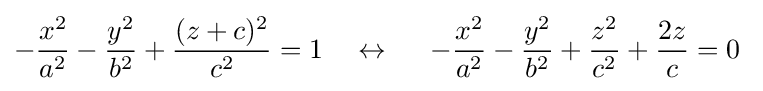
-{\frac {x^{2}}{a^{2}}}-{\frac {y^{2}}{b^{2}}}+{\frac {(z+c)^{2}}{c^{2}}}=1\quad \leftrightarrow \quad \ -{\frac {x^{2}}{a^{2}}}-{\frac {y^{2}}{b^{2}}}+{\frac {z^{2}}{c^{2}}}+{\frac {2z}{c}}=0\